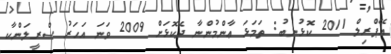
އޭޕްރިލް 2011 ކޮޅުނބު: ތަމަޅަ ޢާންމުންނާ ދެކޮޅަށް 2009 ވަނަ އަހަރު ސްރީލަންކާ